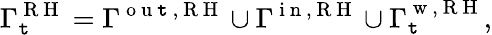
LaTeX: \Gamma_{\mathtt{t}}^{\mathrm{{~R~H~}}}=\Gamma^{\mathrm{{~o~u~\mathtt{t}~,~R~H~}}}\cup\Gamma^{\mathrm{{~i~n~,~R~H~}}}\cup\Gamma_{\mathtt{t}}^{\mathrm{{~w~,~R~H~}}},